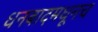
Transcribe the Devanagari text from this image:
धनबादमधूनच